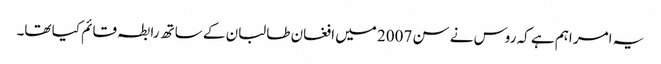
یہ امر اہم ہے کہ روس نے سن 2007 میں افغان طالبان کے ساتھ رابطہ قائم کیا تھا۔